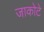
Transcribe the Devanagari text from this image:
जाकोटे